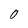
Character: O